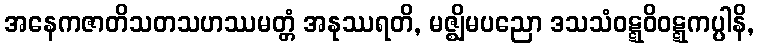
အနေကဇာတိသတသဟဿမတ္တံ အနုဿရတိ, မဇ္ဈိမပညော ဒသသံဝဋ္ဋဝိဝဋ္ဋကပ္ပါနိ,